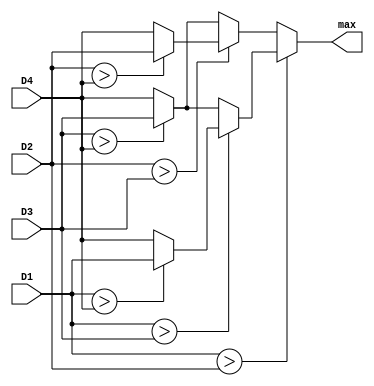
module Max(
    input [9:0] D1,
    input [9:0] D2,
    input [9:0] D3,
    input [9:0] D4,
    output [9:0] max
    );
    
    assign max = (D1 > D2) ? (
                              (D1 > D3) ? (
                                           (D1 > D4) ? 
                                                       D1 
                                                     : D4
                                          )
                                        : (
                                           (D3 > D4) ?
                                                       D3 
                                                     :  D4
                                          )
                             )
                           : (
                              (D2 > D3) ? (
                                           (D2 > D4) ? 
                                                       D2 
                                                     : D4
                                          )
                                        : (
                                           (D3 > D4) ?
                                                       D3 
                                                     : D4
                                          )
                             );                              
                                                                        
endmodule